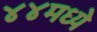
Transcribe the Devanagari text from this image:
४४मध्ये